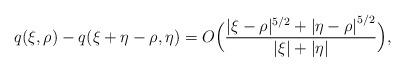
LaTeX: \begin{align*}q(\xi,\rho) & - q(\xi+\eta-\rho,\eta)= O \Big( \frac{|\xi-\rho|^{5/2} + {|\eta-\rho|}^{5/2} }{ |\xi| + |\eta| } \Big) ,\end{align*}